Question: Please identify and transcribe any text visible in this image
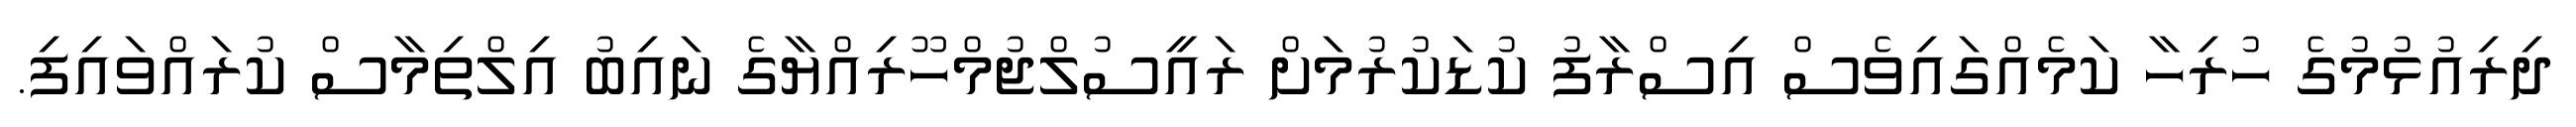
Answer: ދިރިއުޅުމުގެ ހުރިހާ ކަމެއްގައިވެސް އިސްރާފު ކުޑަކުރުމަށް ރައީސުލްޖުމްހޫރިއްޔާގެ ނައިބު އިލްތިމާސް ކުރައްވައިފި.